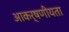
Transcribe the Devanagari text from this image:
आकर्षणीयता